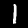
Digit: 1